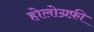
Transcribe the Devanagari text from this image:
होलोग्रफ़ी